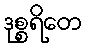
ဒုစ္စရိတေ